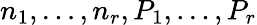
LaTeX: n_{1},\dots,n_{r},P_{1},\dots,P_{r}